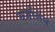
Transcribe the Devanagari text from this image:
मर्जोलेन